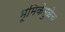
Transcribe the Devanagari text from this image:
भूमिकेमुळेच